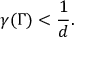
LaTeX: \gamma ( \Gamma ) < \frac { 1 } { d } .